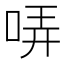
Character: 哢